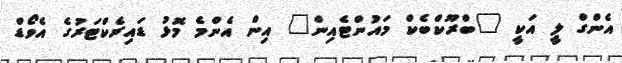
އެންގް ލީ އަކީ "ބްރޫކްބެކް މައުންޓެއިން" އިން އެންމެ މޮޅު ޑައިރެކްޓަރުގެ އެވޯޑް